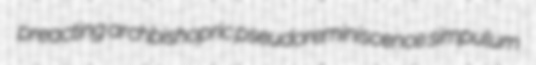
preacting archbishopric pseudoreminiscence simpulum